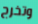
وتخرج